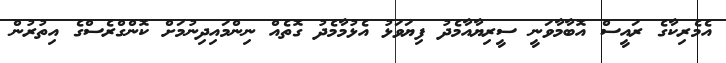
އެމެރިކާގެ ރައީސް އޮބާމާވަނީ ސީރިޔާއާމެދު ފިޔަވަޅު އެޅުމާމެދު ގޮތެއް ނިންމައިދިނުމަށް ކޮންގްރެސްގެ އިތުރުން